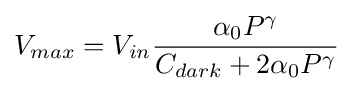
V_{max}=V_{in}{\frac {\alpha _{0}P^{\gamma }}{C_{dark}+2\alpha _{0}P^{\gamma }}}